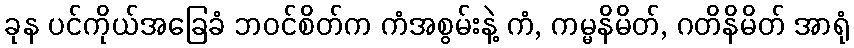
ခုန ပင်ကိုယ်အခြေခံ ဘဝင်စိတ်က ကံအစွမ်းနဲ့ ကံ, ကမ္မနိမိတ်, ဂတိနိမိတ် အာရုံ